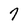
Character: 7